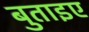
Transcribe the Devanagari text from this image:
बुताइए